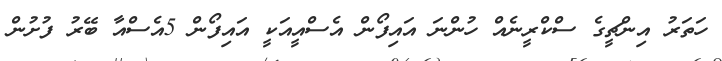
ހަތަރު އިންޗީގެ ސްކްރީނެއް ހުންނަ އައިފޯން އެސްއީއަކީ އައިފޯން 5އެސްއާ ބޭރު ފުށުން